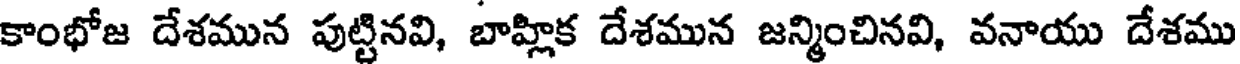
కాంభోజ దేశమున పుట్టినవి, బాహ్లిక దేశమున జన్మించినవి, వనాయు దేశము